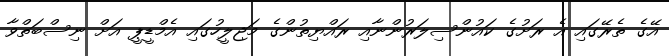
އޭގެ ތެރޭގައި އެ ރަށުގެ ކައުންސިލަރުންނާއި ރައްޔިތުންގެ މަޖިލީހުގައި އެމްޑީޕީ އަށް ނިސްބަތްވާ